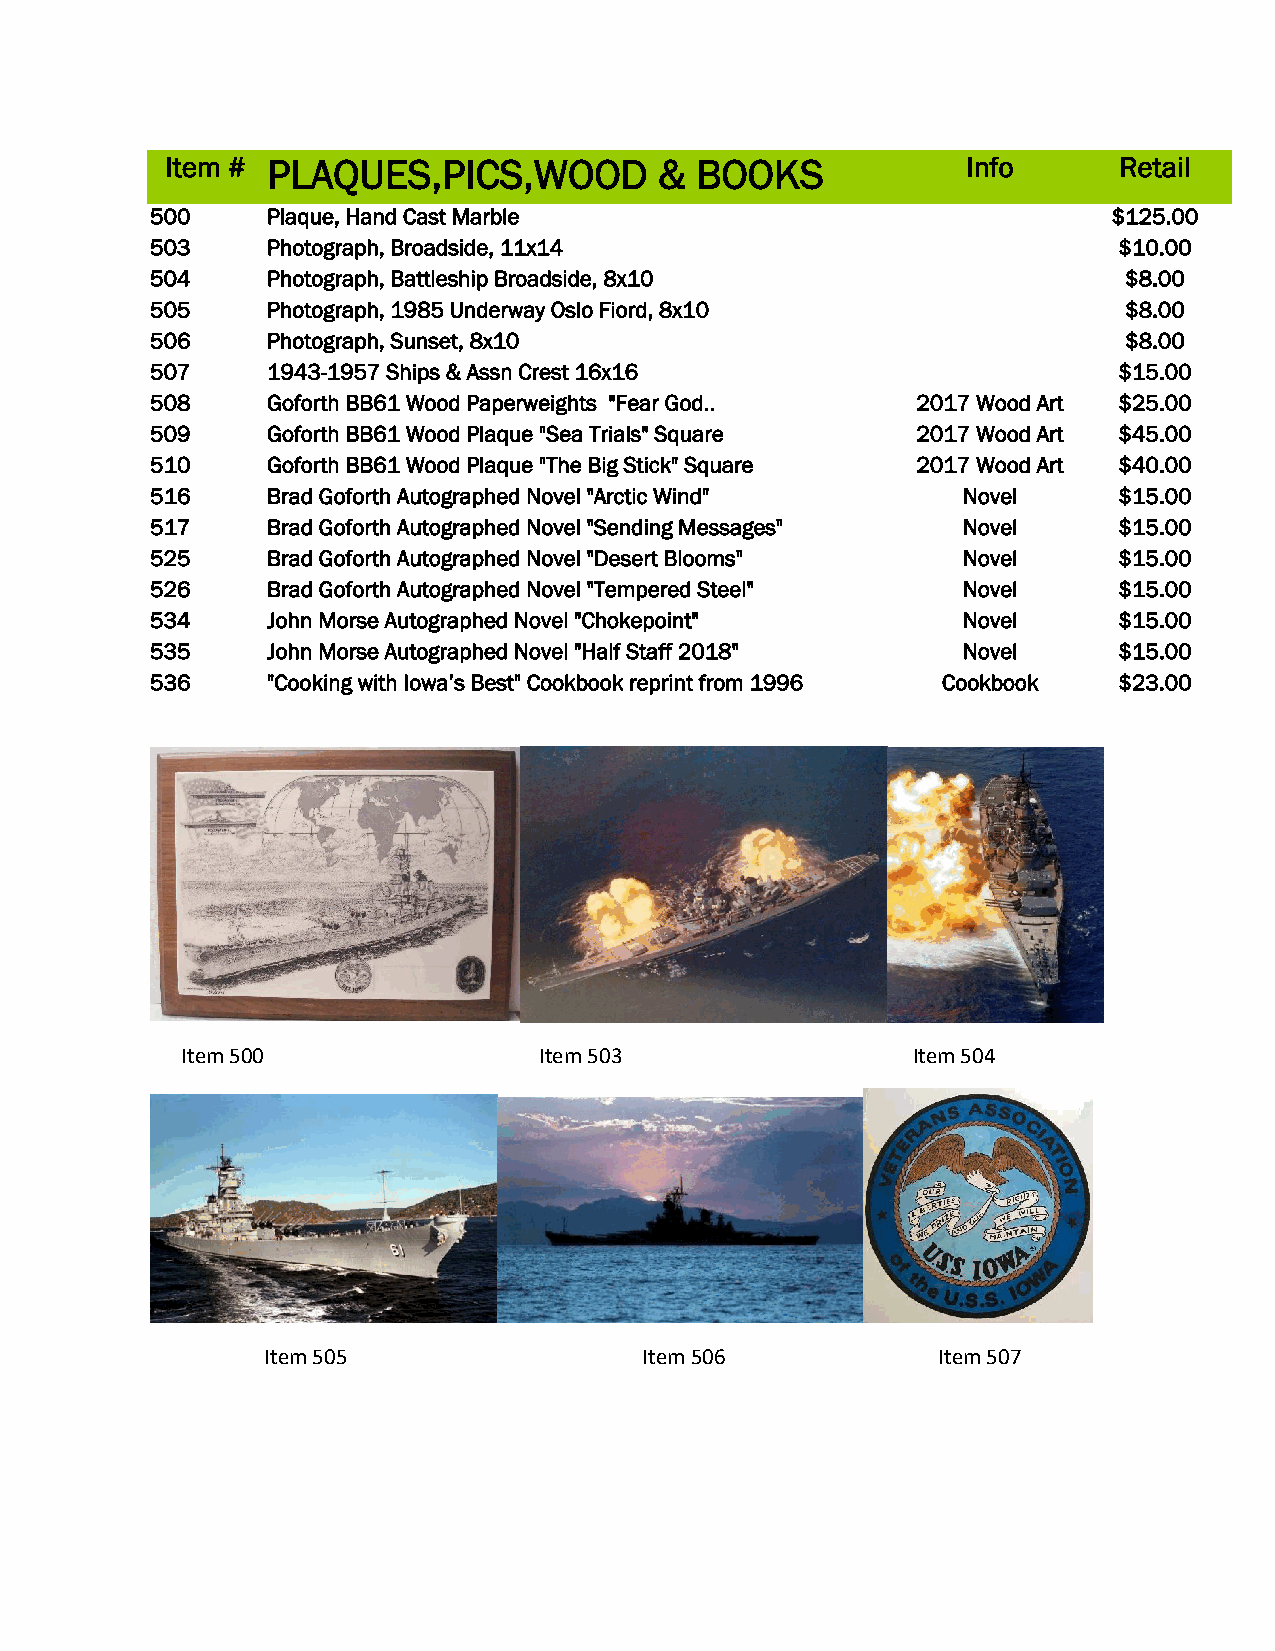
Item # PLAQUES,PICS,WOOD         & BOOKS             Info      Retail
 500     Plaque, Hand Cast Marble                                $125.00
 503     Photograph, Broadside, 11x14                            $10.00
 504     Photograph, Battleship Broadside, 8x10                  $8.00
 505     Photograph, 1985 Underway Oslo Fiord, 8x10              $8.00
 506     Photograph, Sunset, 8x10                                $8.00
 507     1943-1957 Ships & Assn Crest 16x16                      $15.00
 508     Goforth BB61 Wood Paperweights "Fear God.. 2017 Wood Art $25.00
 509     Goforth BB61 Wood Plaque "Sea Trials" Square 2017 Wood Art $45.00
 510     Goforth BB61 Wood Plaque "The Big Stick" Square 2017 Wood Art $40.00
 516     Brad Goforth Autographed Novel "Arctic Wind"  Novel     $15.00
 517     Brad Goforth Autographed Novel "Sending Messages" Novel $15.00
 525     Brad Goforth Autographed Novel "Desert Blooms" Novel    $15.00
 526     Brad Goforth Autographed Novel "Tempered Steel" Novel   $15.00
 534     John Morse Autographed Novel "Chokepoint"     Novel     $15.00
 535     John Morse Autographed Novel "Half Staff 2018" Novel    $15.00
 536     "Cooking with Iowa’s Best" Cookbook reprint from 1996 Cookbook $23.00
 Item 500                Item 503                Item 504
 Item 505                  Item 506           Item 507